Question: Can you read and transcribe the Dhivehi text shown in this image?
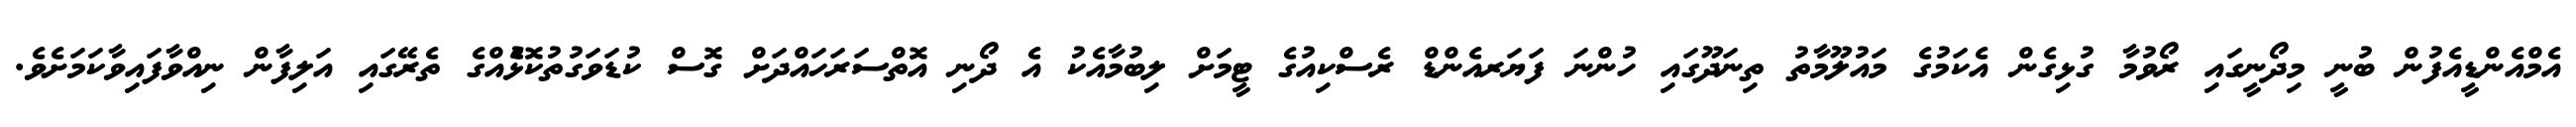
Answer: އެމްއެންޑީއެފުން ބުނީ މިދޯނީގައި ރޯވުމާ ގުޅިގެން އެކަމުގެ މައުލޫމާތު ތިނަދޫގައި ހުންނަ ފަޔަރއެންޑް ރެސްކިއުގެ ޓީމަށް ލިބުމާއެކު އެ ދޯނި އޮތްސަރަހައްދަށް ގޮސް ކުޑަވަގުތުކޮޅުެއްގެ ތެރޭގައި އަލިފާން ނިއްވާފައިވާކަމަށެވެ.